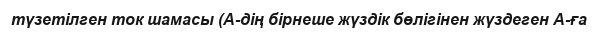
түзетілген ток шамасы (А-дің бірнеше жүздік бөлігінен жүздеген А-ға